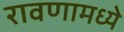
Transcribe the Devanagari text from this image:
रावणामध्ये